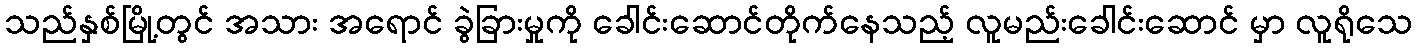
သည်နှစ်မြို့တွင် အသား အရောင် ခွဲခြားမှုကို ခေါင်းဆောင်တိုက်နေသည့် လူမည်းခေါင်းဆောင် မှာ လူရိုသေ